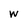
Character: W